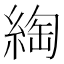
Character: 綯